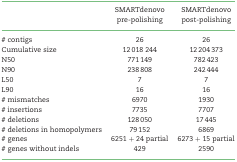
|  | SMARTdenovo pre-polishing | SMARTdenovo post-polishing |
 | --- | --- | --- |
 | # contigs | 26 | 26 |
 | Cumulative size | 12 018 244 | 12 204 373 |
 | N50 | 771 149 | 782 423 |
 | N90 | 238 808 | 242 444 |
 | L50 | 7 | 7 |
 | L90 | 16 | 16 |
 | # mismatches | 6970 | 1930 |
 | # insertions | 7735 | 7707 |
 | # deletions | 128 050 | 17 445 |
 | # deletions in homopolymers | 79 152 | 6869 |
 | # genes | 6251 + 24 partial | 6273 + 15 partial |
 | # genes without indels | 429 | 2590 |